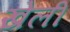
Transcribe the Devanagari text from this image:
खेलीं